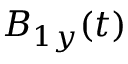
B _ { 1 y } ( t )